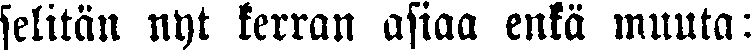
selitän nyt kerran asiaa enkä muuta: